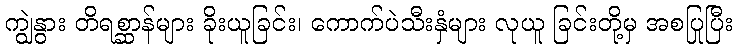
ကျွဲနွား တိရစ္ဆာန်များ ခိုးယူခြင်း၊ ကောက်ပဲသီးနှံများ လုယူ ခြင်းတို့မှ အစပြုပြီး